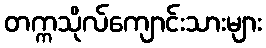
တက္ကသိုလ်ကျောင်းသားများ